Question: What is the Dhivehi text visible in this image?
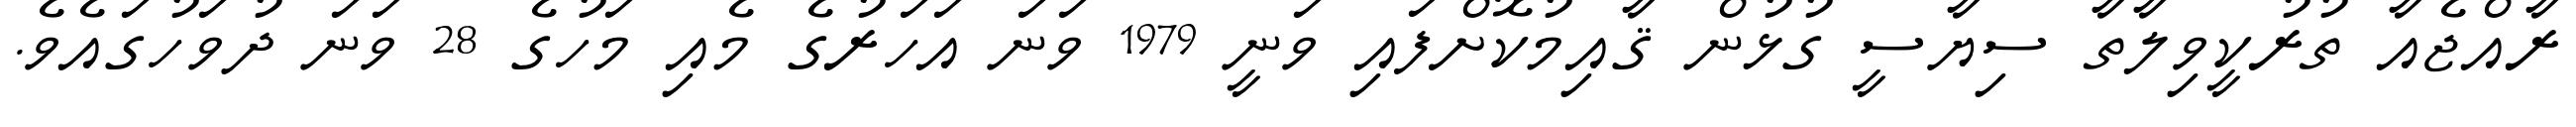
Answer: ރާއްޖެއާ ތުރުކީވިލާތާ ސިޔާސީ ގުޅުން ޤާއިމުކޮށްފައި ވަނީ 1979 ވަނަ އަހަރުގެ މެއި މަހުގެ 28 ވަނަ ދުވަހުގައެވެ.